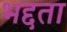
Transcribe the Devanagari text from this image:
भद्दता